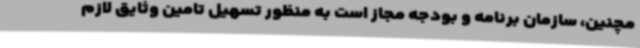
مچنین، سازمان برنامه و بودجه مجاز است به منظور تسهیل تامین وثایق لازم